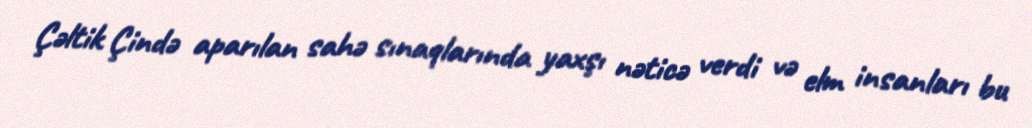
Çəltik Çində aparılan sahə sınaqlarında yaxşı nəticə verdi və elm insanları bu